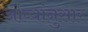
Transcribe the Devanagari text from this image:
ओव्यांनुसार